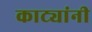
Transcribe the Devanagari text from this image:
काट्यांनी